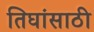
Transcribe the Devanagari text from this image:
तिघांसाठी